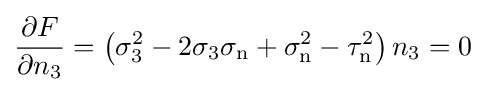
{\frac {\partial F}{\partial n_{3}}}=\left(\sigma _{3}^{2}-2\sigma _{3}\sigma _{\text{n}}+\sigma _{\text{n}}^{2}-\tau _{\text{n}}^{2}\right)n_{3}=0